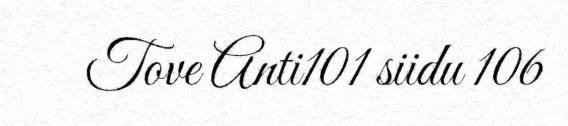
Tove Anti101 siidu 106